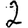
Digit: 2